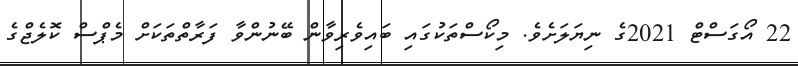
22 އޯގަސްޓް 2021ގެ ނިޔަލަށެވެ. މިކޯސްތަކުގައި ބައިވެރިވާން ބޭނުންވާ ފަރާތްތަކަށް މެޕްސް ކޮލެޖްގެ